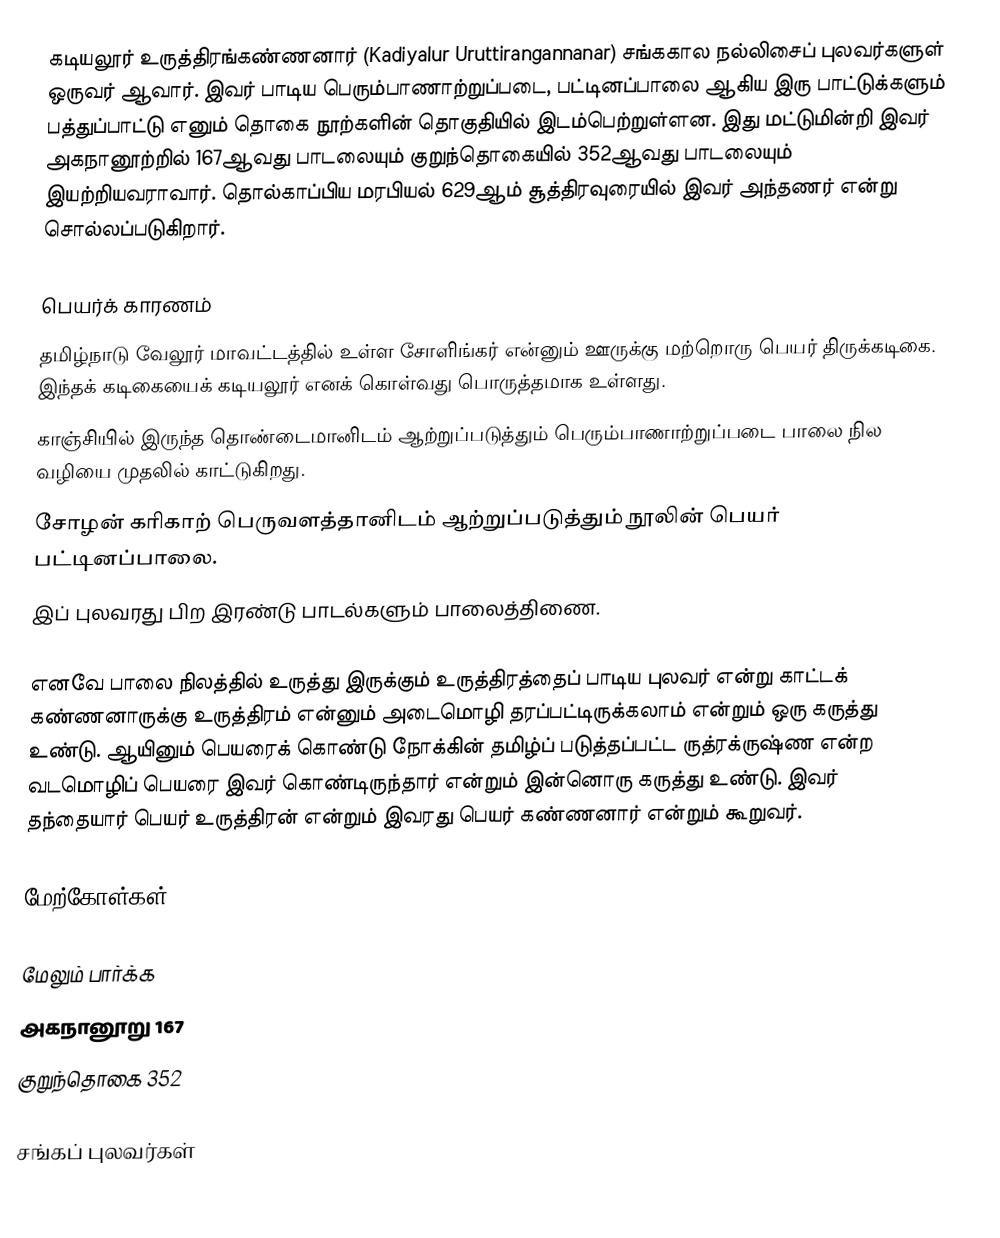
கடியலூர் உருத்திரங்கண்ணனார் (Kadiyalur Uruttirangannanar) சங்ககால நல்லிசைப் புலவர்களுள் ஒருவர் ஆவார். இவர் பாடிய பெரும்பாணாற்றுப்படை, பட்டினப்பாலை ஆகிய இரு பாட்டுக்களும் பத்துப்பாட்டு எனும் தொகை நூற்களின் தொகுதியில் இடம்பெற்றுள்ளன. இது மட்டுமின்றி இவர் அகநானூற்றில் 167ஆவது பாடலையும் குறுந்தொகையில் 352ஆவது பாடலையும் இயற்றியவராவார். தொல்காப்பிய மரபியல் 629ஆம் சூத்திரவுரையில் இவர் அந்தணர் என்று சொல்லப்படுகிறார்.

பெயர்க் காரணம்
தமிழ்நாடு வேலூர் மாவட்டத்தில் உள்ள சோளிங்கர் என்னும் ஊருக்கு மற்றொரு பெயர் திருக்கடிகை. இந்தக் கடிகையைக் கடியலூர் எனக் கொள்வது பொருத்தமாக உள்ளது.
 காஞ்சியில் இருந்த தொண்டைமானிடம் ஆற்றுப்படுத்தும் பெரும்பாணாற்றுப்படை பாலை நில வழியை முதலில் காட்டுகிறது.
 சோழன் கரிகாற் பெருவளத்தானிடம் ஆற்றுப்படுத்தும் நூலின் பெயர் பட்டினப்பாலை.
 இப் புலவரது பிற இரண்டு பாடல்களும் பாலைத்திணை.

எனவே பாலை நிலத்தில் உருத்து இருக்கும் உருத்திரத்தைப் பாடிய புலவர் என்று காட்டக் கண்ணனாருக்கு உருத்திரம் என்னும் அடைமொழி தரப்பட்டிருக்கலாம் என்றும் ஒரு கருத்து உண்டு. ஆயினும் பெயரைக் கொண்டு நோக்கின் தமிழ்ப் படுத்தப்பட்ட ருத்ரக்ருஷ்ண என்ற வடமொழிப் பெயரை இவர் கொண்டிருந்தார் என்றும் இன்னொரு கருத்து உண்டு. இவர் தந்தையார் பெயர் உருத்திரன் என்றும் இவரது பெயர் கண்ணனார் என்றும் கூறுவர்.

மேற்கோள்கள்

மேலும் பார்க்க
அகநானூறு 167
குறுந்தொகை 352

சங்கப் புலவர்கள்